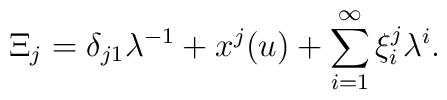
\Xi_j= \delta_{j1}\lambda^{-1}+x^j(u)+\sum_{i=1}^\infty \xi^j_i\lambda^i.